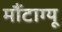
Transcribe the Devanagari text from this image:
मौंटाग्यू